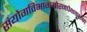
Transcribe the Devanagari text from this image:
संयोगविभागयोरनपेक्षकारणं